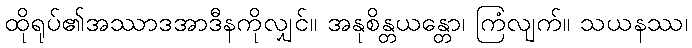
ထိုရုပ်၏အဿာဒအာဒီနကိုလျှင်။ အနုစိန္တယန္တော၊ ကြံလျက်။ သယနဿ၊